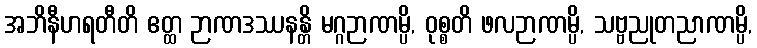
အဘိနီဟရတီတိ ဧတ္ထ ဉာဏဒဿနန္တိ မဂ္ဂဉာဏမ္ပိ, ဝုစ္စတိ ဖလဉာဏမ္ပိ, သဗ္ဗညုတညာဏမ္ပိ,